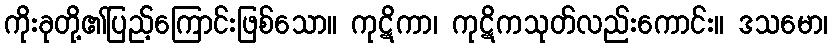
ကိုးခုတို့၏ပြည့်ကြောင်းဖြစ်သော။ ကုဋိကာ၊ ကုဋိကသုတ်လည်းကောင်း။ ဒသမော၊